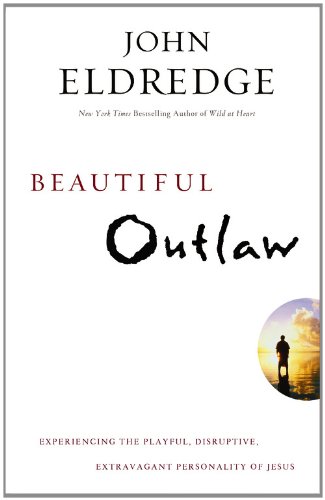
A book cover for Beautiful Outlaw: Experiencing the Playful, Disruptive, Extravagant Personality of Jesus; John Eldredge; Christian Books & Bibles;